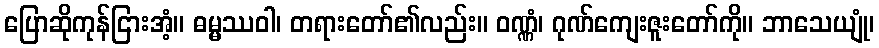
ပြောဆိုကုန်ငြားအံ့။ ဓမ္မဿဝါ၊ တရားတော်၏လည်း။ ဝဏ္ဏံ၊ ဂုဏ်ကျေးဇူးတော်ကို။ ဘာသေယျုံ၊